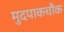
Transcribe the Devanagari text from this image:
मुदपाकचौक